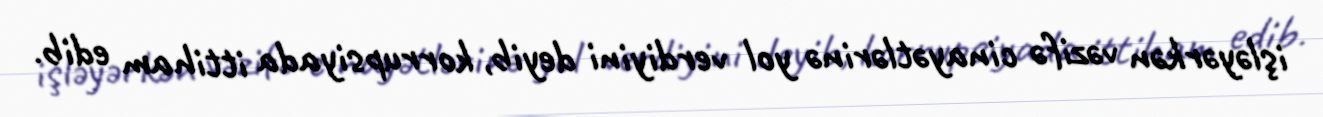
işləyərkən vəzifə cinayətlərinə yol verdiyini deyib, korrupsiyada ittiham edib.